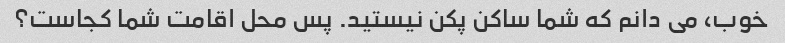
خوب، می دانم که شما ساکن پکن نیستید. پس محل اقامت شما کجاست؟